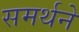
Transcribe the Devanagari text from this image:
समर्थने